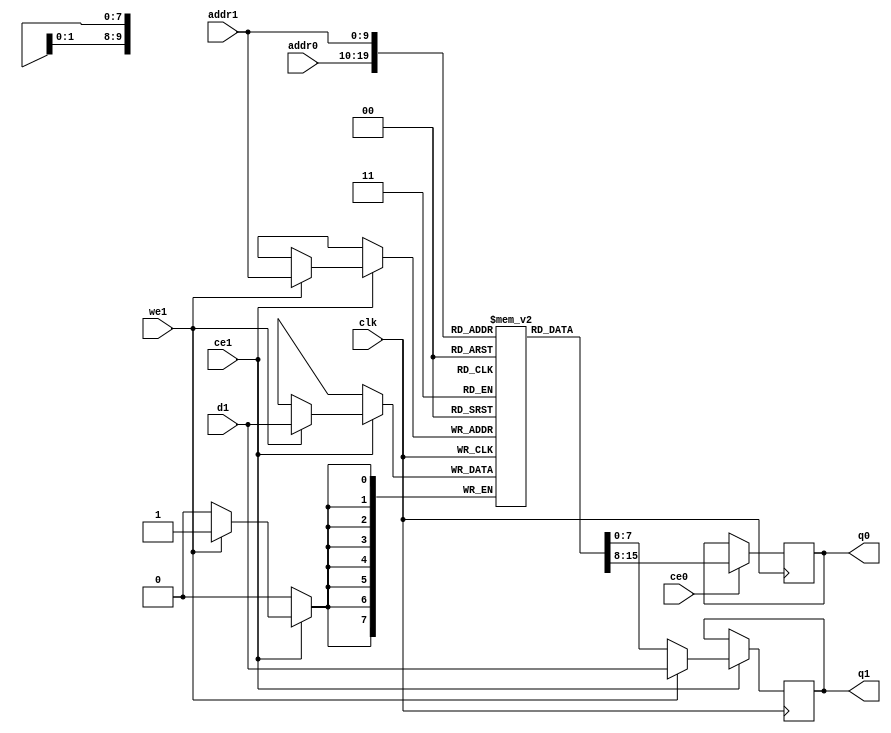
// ==============================================================
// File generated by Vivado(TM) HLS - High-Level Synthesis from C, C++ and SystemC
// Version: 2017.4
// Copyright (C) 1986-2017 Xilinx, Inc. All Rights Reserved.
// 
// ==============================================================

`timescale 1 ns / 1 ps
module img_filter_lineBubkb_ram (addr0, ce0, q0, addr1, ce1, d1, we1, q1,  clk);

parameter DWIDTH = 8;
parameter AWIDTH = 10;
parameter MEM_SIZE = 640;

input[AWIDTH-1:0] addr0;
input ce0;
output reg[DWIDTH-1:0] q0;
input[AWIDTH-1:0] addr1;
input ce1;
input[DWIDTH-1:0] d1;
input we1;
output reg[DWIDTH-1:0] q1;
input clk;

(* ram_style = "block" *)reg [DWIDTH-1:0] ram[0:MEM_SIZE-1];




always @(posedge clk)  
begin 
    if (ce0) 
    begin
            q0 <= ram[addr0];
    end
end


always @(posedge clk)  
begin 
    if (ce1) 
    begin
        if (we1) 
        begin 
            ram[addr1] <= d1; 
            q1 <= d1;
        end 
        else 
            q1 <= ram[addr1];
    end
end


endmodule


`timescale 1 ns / 1 ps
module img_filter_lineBubkb(
    reset,
    clk,
    address0,
    ce0,
    q0,
    address1,
    ce1,
    we1,
    d1,
    q1);

parameter DataWidth = 32'd8;
parameter AddressRange = 32'd640;
parameter AddressWidth = 32'd10;
input reset;
input clk;
input[AddressWidth - 1:0] address0;
input ce0;
output[DataWidth - 1:0] q0;
input[AddressWidth - 1:0] address1;
input ce1;
input we1;
input[DataWidth - 1:0] d1;
output[DataWidth - 1:0] q1;



img_filter_lineBubkb_ram img_filter_lineBubkb_ram_U(
    .clk( clk ),
    .addr0( address0 ),
    .ce0( ce0 ),
    .q0( q0 ),
    .addr1( address1 ),
    .ce1( ce1 ),
    .d1( d1 ),
    .we1( we1 ),
    .q1( q1 ));

endmodule